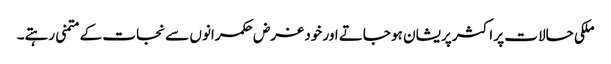
ملکی حالات پر اکثر پریشان ہو جاتے اور خود غرض حکمرانوں سے نجات کے متمنی رہتے۔